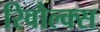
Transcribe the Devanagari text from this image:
रिवौल्क्स